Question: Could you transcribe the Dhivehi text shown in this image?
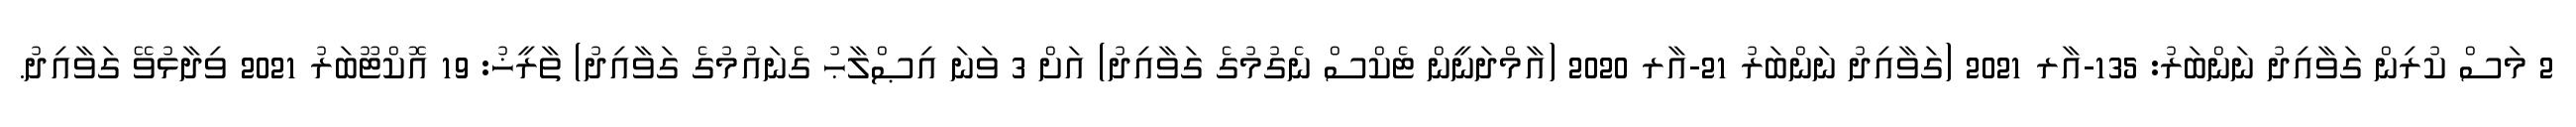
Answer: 2 މަސް ކުރިން ގަވާއިދު ނަންބަރު: 135-އާރ 2021 (ގަވާއިދު ނަންބަރު 21-އާރ 2020 (އާމްދަނީން ޓެކްސް ނެގުމުގެ ގަވާއިދު) އަށް 3 ވަނަ އިޞްލާޙު ގެނައުމުގެ ގަވާއިދު) ތާރީޚު: 19 އޮކްޓޫބަރު 2021 ވިދާޅުވޭ ގަވާއިދު.